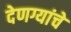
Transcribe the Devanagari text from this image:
देणग्यांचे